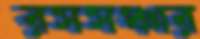
রসসঞ্চার